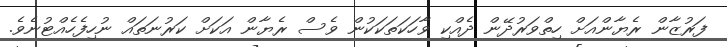
ފަރުޒާން ރެޔާންއަށް ހިތްވަރުދޭން ދެއްކި ވާހަކަތަކަކުން ވެސް ރެޔާން އަކަށް ކަރުނަތައް ނުހިފެހެއްޓުނެވެ.